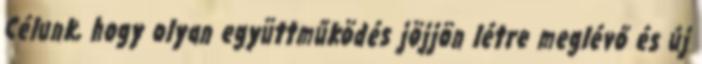
Célunk, hogy olyan együttműködés jöjjön létre meglévő és új